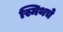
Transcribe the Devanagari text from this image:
स्मिथचे